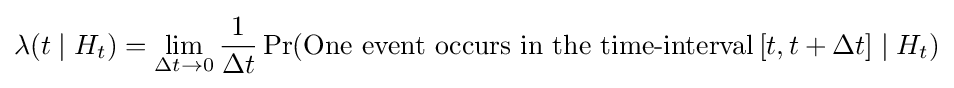
\lambda (t\mid H_{t})=\lim _{\Delta t\to 0}{\frac {1}{\Delta t}}\Pr({\text{One event occurs in the time-interval}}\,[t,t+\Delta t]\mid H_{t})